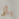
بأنى